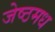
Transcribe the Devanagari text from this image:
जेष्ठमध